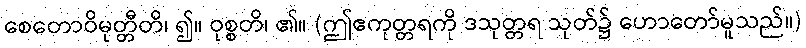
စေတောဝိမုတ္တီတိ၊ ၍။ ဝုစ္စတိ၊ ၏။ (ဤဧကုတ္တရကို ဒသုတ္တရ သုတ်၌ ဟောတော်မူသည်။)